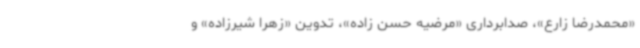
«محمدرضا زارع»، صدابرداری «مرضیه حسن زاده»، تدوین «زهرا شیرزاده» و